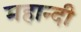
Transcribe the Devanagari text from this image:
महान्दी